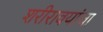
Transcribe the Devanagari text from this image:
शरीरावयांचा